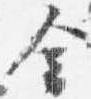
金